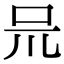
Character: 𠯚